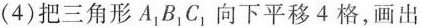
(4)把三角形A_{1}B_{1}C_{1}向下平移4格，画出